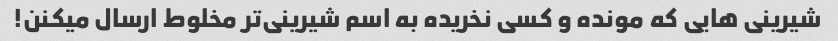
شیرینی هایی که مونده و کسی نخریده به اسم شیرینی‌تر مخلوط ارسال میکنن!